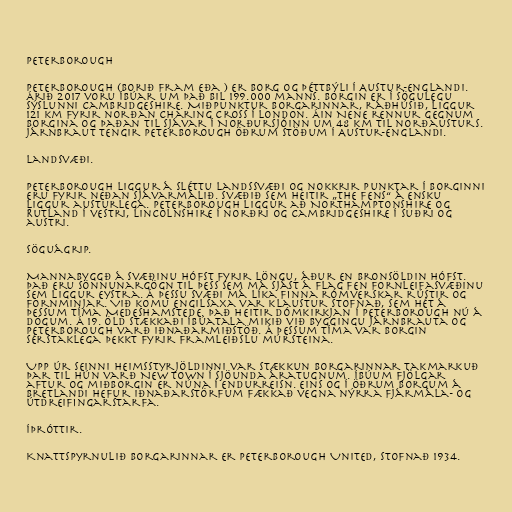
Peterborough

Peterborough (borið fram eða ) er borg og þéttbýli í Austur-Englandi.
Árið 2017 voru íbúar um það bil 199.000 manns. Borgin er í sögulegu
sýslunni Cambridgeshire. Miðpunktur borgarinnar, ráðhúsið, liggur
121 km fyrir norðan Charing Cross í London. Áin Nene rennur gegnum
borgina og þaðan til sjávar í Norðursjóinn um 48 km til norðausturs.
Járnbraut tengir Peterborough öðrum stöðum í Austur-Englandi.

Landsvæði.

Peterborough liggur á sléttu landssvæði og nokkrir punktar í borginni
eru fyrir neðan sjávarmálið. Svæðið sem heitir „the Fens“ á ensku
liggur austurlega. Peterborough liggur að Northamptonshire og
Rutland í vestri, Lincolnshire í norðri og Cambridgeshire í suðri og
austri.

Söguágrip.

Mannabyggð á svæðinu hófst fyrir löngu, áður en bronsöldin hófst.
Það eru sönnunargögn til þess sem má sjást á Flag Fen fornleifasvæðinu
sem liggur eystra. Á þessu svæði má líka finna rómverskar rústir og
fornminjar. Við komu Engilsaxa var klaustur stofnað, sem hét á
þessum tíma Medeshamstede. Það heitir Dómkirkjan í Peterborough nú á
dögum. Á 19. öld stækkaði íbúatala mikið við byggingu járnbrauta og
Peterborough varð iðnaðarmiðstöð. Á þessum tíma var borgin
sérstaklega þekkt fyrir framleiðslu múrsteina.

Upp úr seinni heimsstyrjöldinni var stækkun borgarinnar takmarkuð
þar til hún varð New Town í sjöunda áratugnum. Íbúum fjölgar
aftur og miðborgin er núna í endurreisn. Eins og í öðrum borgum á
Bretlandi hefur iðnaðarstörfum fækkað vegna nýrra fjármála- og
útdreifingarstarfa.

Íþróttir.

Knattspyrnulið borgarinnar er Peterborough United, stofnað 1934.